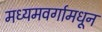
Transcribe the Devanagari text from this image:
मध्यमवर्गामधून